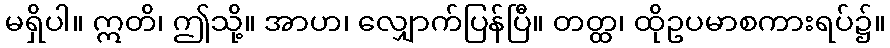
မရှိပါ။ ဣတိ၊ ဤသို့။ အာဟ၊ လျှောက်ပြန်ပြီ။ တတ္ထ၊ ထိုဥပမာစကားရပ်၌။